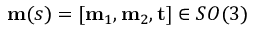
\mathbf { m } ( s ) = [ \mathbf { m } _ { 1 } , \mathbf { m } _ { 2 } , \mathbf { t } ] \in S O ( 3 )